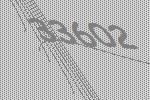
33602